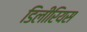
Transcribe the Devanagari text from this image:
डिलीरियस